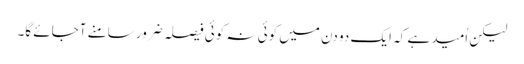
لیکن اُمید ہے کہ ایک دو دن میں کوئی نہ کوئی فیصلہ ضرور سامنے آجائے گا۔